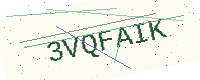
Text: 3VQFAIK